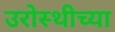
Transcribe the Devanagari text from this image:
उरोस्थीच्या